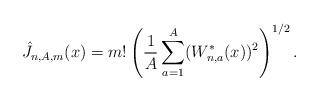
LaTeX: \begin{align*}\hat J_{n,A,m}(x) = m! \left (\frac1 A \sum_{a=1}^A (W_{n,a}^{\ast}(x))^2 \right )^{1/2}.\end{align*}